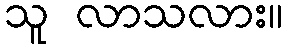
သူ လာသလား။